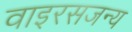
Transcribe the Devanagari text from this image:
वाइरसजन्य